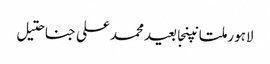
لاہورملتانپنجابعیدمحمد علی جناحتیل